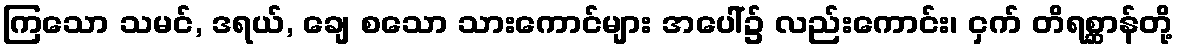
ကြသော သမင်, ဒရယ်, ချေ စသော သားကောင်များ အပေါ်၌ လည်းကောင်း၊ ငှက် တိရစ္ဆာန်တို့